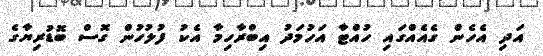
އަދި އެހެން ގެއެއްގައި ހުއްޓާ އަހުމަދު އިބްރާހިމާ އެކު ފުލުހުން ގޮސް ބޮޑުރިޔާގެ